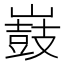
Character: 𡽂